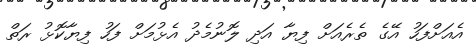
އެއަށްފަހު އޭގެ ތެރެއަށް ފިޔާ އަދި ލޮނުމެދު އެޅުމަށް ފަހު ފިޔާކޮޅު ރަތް